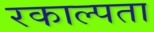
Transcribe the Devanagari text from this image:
रकाल्पता